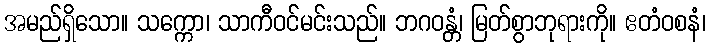
အမည်ရှိသော။ သက္ကော၊ သာကီဝင်မင်းသည်။ ဘဂဝန္တံ၊ မြတ်စွာဘုရားကို။ ဧတံဝစနံ၊